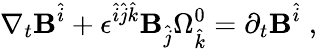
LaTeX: \nabla_{t}\mathbf{B}^{\hat{{i}}}+{\epsilon}^{\hat{{i}}\hat{{j}}\hat{{k}}}\mathbf{B}_{\hat{{j}}}{\Omega}_{\hat{{k}}}^{0}=\partial_{t}\mathbf{B}^{\hat{{i}}}\; ,